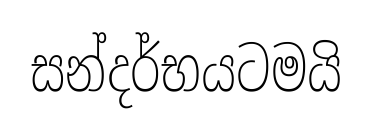
සන්දර්භයටමයි